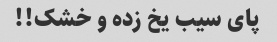
پای سیب یخ زده و خشک!!